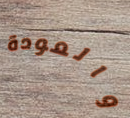
والعودة